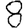
Digit: 8